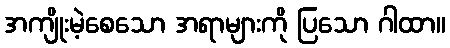
အကျိုးမဲ့စေသော အရာများကို ပြသော ဂါထာ။